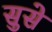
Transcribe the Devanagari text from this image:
सुसे